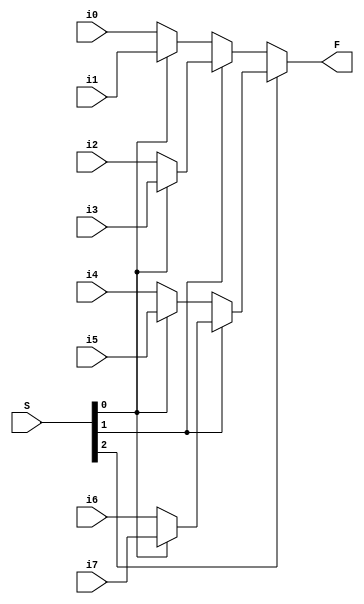
module Mux8to1Nbit(F, S, i0, i1, i2, i3, i4, i5, i6, i7);

	parameter N = 8; // Default Parameter but can be overridden by defparam during instantiation
	
	//inputs and outputs
	output [N-1:0]F;
	input [N-1:0]i0, i1, i2, i3, i4, i5, i6, i7;
	input [2:0]S; // Select
	
	assign F = S[2] ? (S[1] ? (S[0] ? i7 : i6) : (S[0] ? i5 : i4)) : (S[1] ? (S[0] ? i3 : i2) : (S[0] ? i1 : i0));
endmodule